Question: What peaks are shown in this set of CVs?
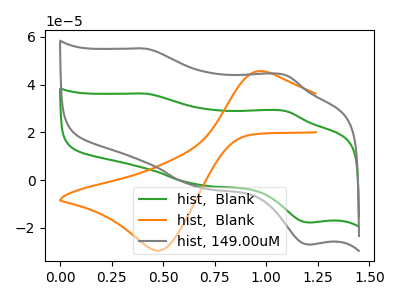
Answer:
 <answer>The green curve "hist,  Blank" has anodic peaks at (0.40V, 36.20uA) (1.10V, 29.00uA) and cathodic peaks at (0.65V, -1.80uA) (1.20V, -17.80uA). The orange curve "hist,  Blank" has an anodic peak at (1.00V, 45.50uA) and a cathodic peak at (0.50V, -29.60uA). The gray curve "hist, 149.00uM" has anodic peaks at (0.40V, 55.10uA) (1.10V, 44.10uA) and cathodic peaks at (0.65V, -2.75uA) (1.20V, -27.05uA).</answer>
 <eval></eval>